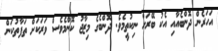
އަހަރެން ދޮންބެއާއި އެކު ބޭރަށް ނިކުތީމެވެ. ދޮންބެގެ މިޒާޖު ކޮންމެވެސް ވަރަކަށް ތަފާތުކަން